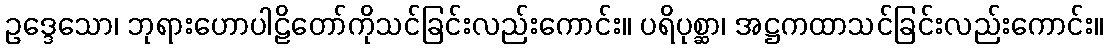
ဥဒ္ဒေသော၊ ဘုရားဟောပါဠိတော်ကိုသင်ခြင်းလည်းကောင်း။ ပရိပုစ္ဆာ၊ အဋ္ဌကထာသင်ခြင်းလည်းကောင်း။